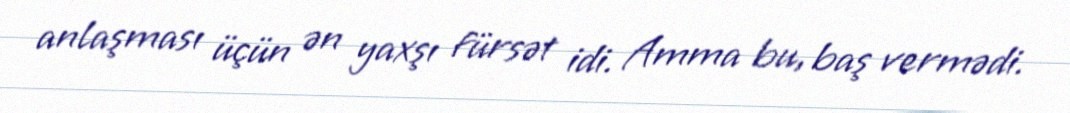
anlaşması üçün ən yaxşı fürsət idi. Amma bu, baş vermədi.